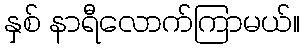
နှစ် နာရီလောက်ကြာမယ်။